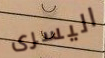
اليسرى